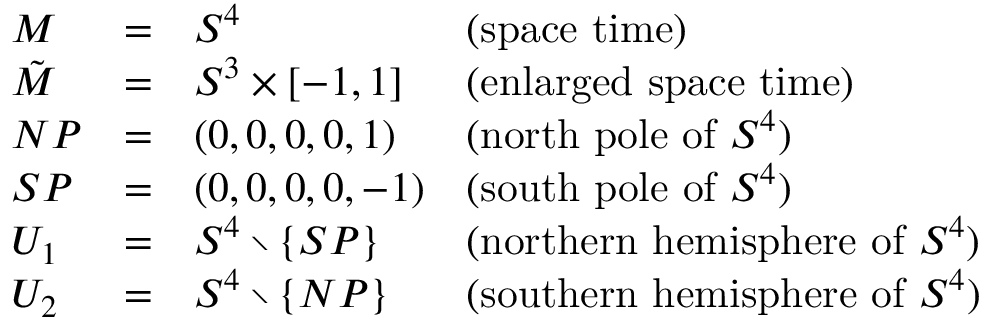
\begin{array} { l c l l } { { M } } & { { = } } & { { S ^ { 4 } } } & { { ( \mathrm { s p a c e ~ t i m e } ) } } \\ { { \tilde { M } } } & { { = } } & { { S ^ { 3 } \times [ - 1 , 1 ] } } & { { ( \mathrm { e n l a r g e d ~ s p a c e ~ t i m e } ) } } \\ { { N P } } & { { = } } & { { ( 0 , 0 , 0 , 0 , 1 ) } } & { { ( \mathrm { n o r t h ~ p o l e ~ o f ~ } S ^ { 4 } ) } } \\ { { S P } } & { { = } } & { { ( 0 , 0 , 0 , 0 , - 1 ) } } & { { ( \mathrm { s o u t h ~ p o l e ~ o f ~ } S ^ { 4 } ) } } \\ { { U _ { 1 } } } & { { = } } & { { S ^ { 4 } \setminus \{ S P \} } } & { { ( \mathrm { n o r t h e r n ~ h e m i s p h e r e ~ o f ~ } S ^ { 4 } ) } } \\ { { U _ { 2 } } } & { { = } } & { { S ^ { 4 } \setminus \{ N P \} } } & { { ( \mathrm { s o u t h e r n ~ h e m i s p h e r e ~ o f ~ } S ^ { 4 } ) } } \end{array}